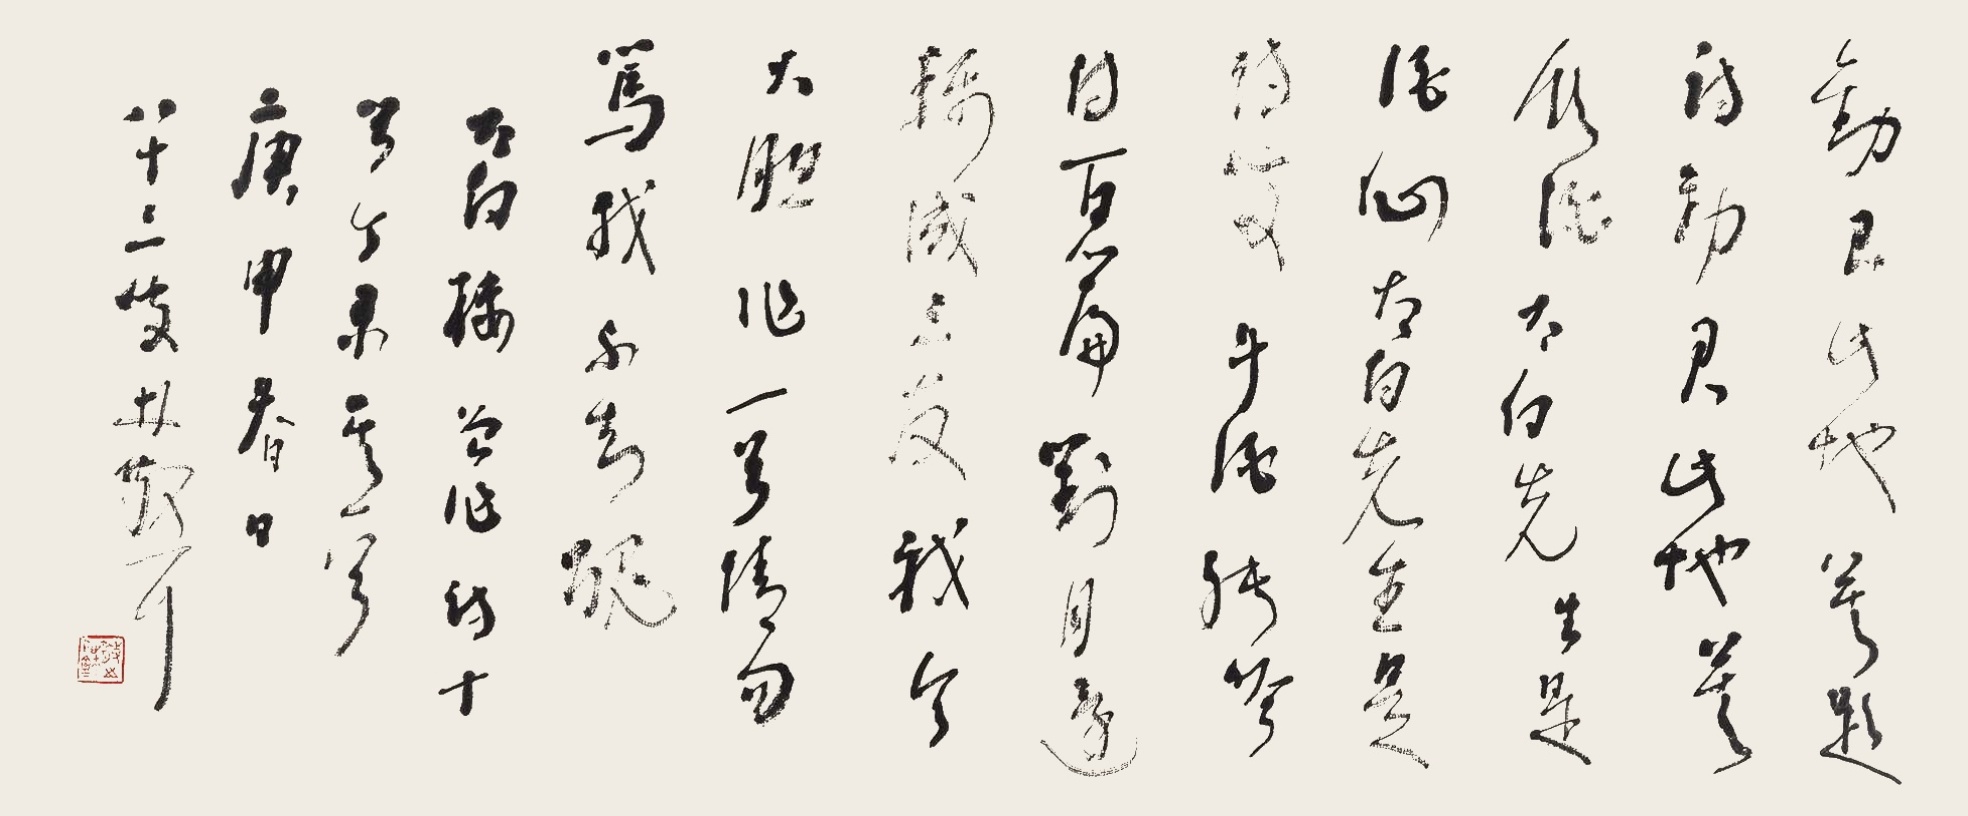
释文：劝君此地莫题诗，劝君此地莫饮酒。太白先生是酒仙，太白先生是诗叟。斗酒能吟诗百篇，对月还称成三友。我今大胆作一首，请勿骂我不知丑。太白楼曾作诗十首，今录其一首，庚申春日，八十三叟林散耳。